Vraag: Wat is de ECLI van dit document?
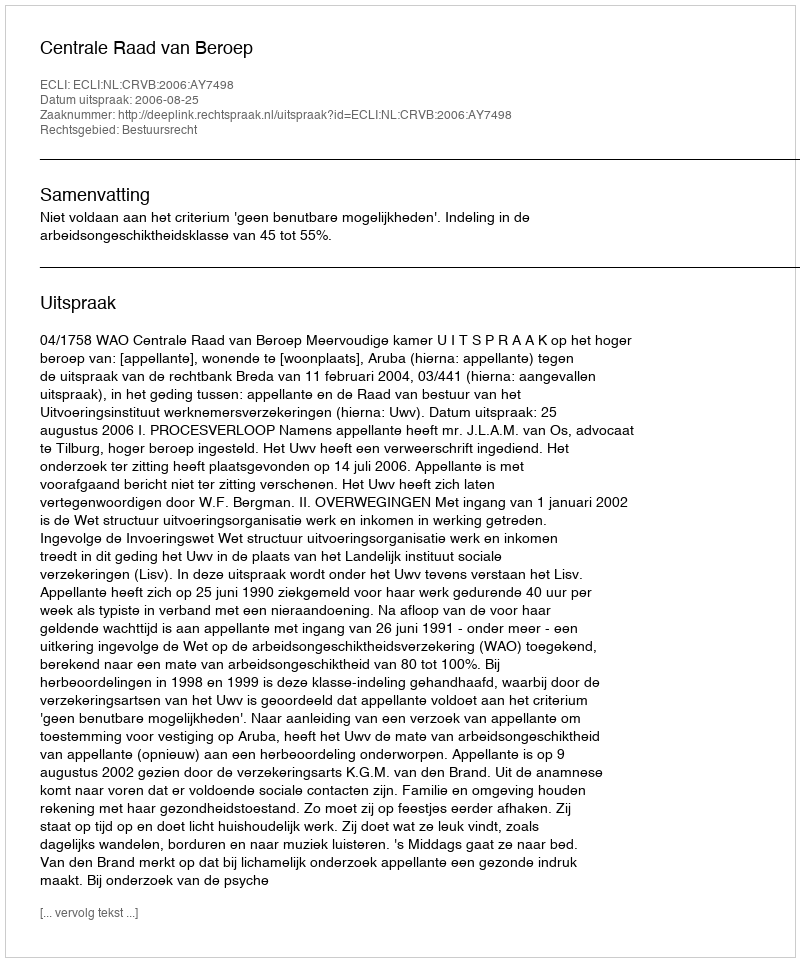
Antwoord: ECLI:NL:CRVB:2006:AY7498